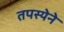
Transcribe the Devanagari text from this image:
तपस्येने